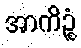
အာကိဉ္စံ